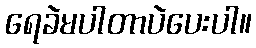
ရေခဲမပါတာပဲပေးပါ။